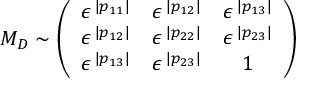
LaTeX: { \cal M } _ { D } \sim \left( \begin{array} { c c c } { { \epsilon ^ { \: | p _ { 1 1 } | } } } & { { \epsilon ^ { \: | p _ { 1 2 } | } } } & { { \epsilon ^ { \: | p _ { 1 3 } | } } } \\ { { \epsilon ^ { \: | p _ { 1 2 } | } } } & { { \epsilon ^ { \: | p _ { 2 2 } | } } } & { { \epsilon ^ { \: | p _ { 2 3 } | } } } \\ { { \epsilon ^ { \: | p _ { 1 3 } | } } } & { { \epsilon ^ { \: | p _ { 2 3 } | } } } & { { 1 } } \end{array} \right)